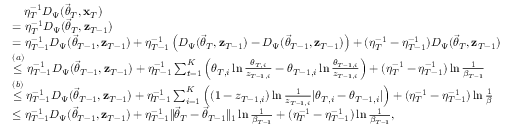
\begin{array} { r l } & { \quad \eta _ { T } ^ { - 1 } D _ { \Psi } ( \vec { \theta } _ { T } , \mathbf x _ { T } ) } \\ & { = \eta _ { T } ^ { - 1 } D _ { \Psi } ( \vec { \theta } _ { T } , \mathbf z _ { T - 1 } ) } \\ & { = \eta _ { T - 1 } ^ { - 1 } D _ { \Psi } ( \vec { \theta } _ { T - 1 } , \mathbf z _ { T - 1 } ) + \eta _ { T - 1 } ^ { - 1 } \left( D _ { \Psi } ( \vec { \theta } _ { T } , \mathbf z _ { T - 1 } ) - D _ { \Psi } ( \vec { \theta } _ { T - 1 } , \mathbf z _ { T - 1 } ) \right) + ( \eta _ { T } ^ { - 1 } - \eta _ { T - 1 } ^ { - 1 } ) D _ { \Psi } ( \vec { \theta } _ { T } , \mathbf z _ { T - 1 } ) } \\ & { \stackrel { ( a ) } \le \eta _ { T - 1 } ^ { - 1 } D _ { \Psi } ( \vec { \theta } _ { T - 1 } , \mathbf z _ { T - 1 } ) + \eta _ { T - 1 } ^ { - 1 } \sum _ { t = 1 } ^ { K } \left( \theta _ { T , i } \ln \frac { \theta _ { T , i } } { z _ { T - 1 , i } } - \theta _ { T - 1 , i } \ln \frac { \theta _ { T - 1 , i } } { z _ { T - 1 , i } } \right) + ( \eta _ { T } ^ { - 1 } - \eta _ { T - 1 } ^ { - 1 } ) \ln \frac 1 { \beta _ { T - 1 } } } \\ & { \stackrel { ( b ) } \le \eta _ { T - 1 } ^ { - 1 } D _ { \Psi } ( \vec { \theta } _ { T - 1 } , \mathbf z _ { T - 1 } ) + \eta _ { T - 1 } ^ { - 1 } \sum _ { i = 1 } ^ { K } \left( ( 1 - z _ { T - 1 , i } ) \ln \frac 1 { z _ { T - 1 , i } } \lvert \theta _ { T , i } - \theta _ { T - 1 , i } \rvert \right) + ( \eta _ { T } ^ { - 1 } - \eta _ { T - 1 } ^ { - 1 } ) \ln \frac 1 \beta } \\ & { \le \eta _ { T - 1 } ^ { - 1 } D _ { \Psi } ( \vec { \theta } _ { T - 1 } , \mathbf z _ { T - 1 } ) + \eta _ { T - 1 } ^ { - 1 } \lVert \vec { \theta } _ { T } - \vec { \theta } _ { T - 1 } \rVert _ { 1 } \ln \frac 1 { \beta _ { T - 1 } } + ( \eta _ { T } ^ { - 1 } - \eta _ { T - 1 } ^ { - 1 } ) \ln \frac 1 { \beta _ { T - 1 } } , } \end{array}